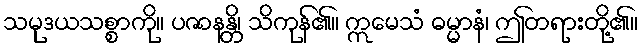
သမုဒယသစ္စာကို။ ပဇာနန္တိ၊ သိကုန်၏။ ဣမေသံ ဓမ္မာနံ၊ ဤတရားတို့၏။